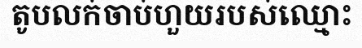
តូបលក់ចាប់ហួយរបស់ឈ្មោះ